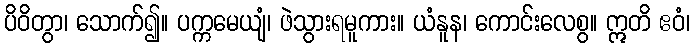
ပိဝိတွာ၊ သောက်၍။ ပက္ကမေယျံ၊ ဖဲသွားရမူကား။ ယံနူန၊ ကောင်းလေစွ။ ဣတိ ဧဝံ၊